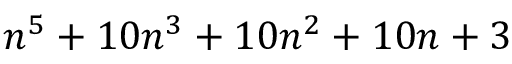
n ^ { 5 } + 1 0 n ^ { 3 } + 1 0 n ^ { 2 } + 1 0 n + 3